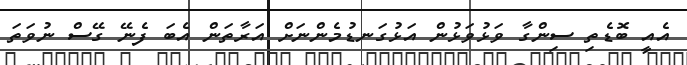
އެއީ ބޮޑެތި ސިންގާ ވަޅުވަޅުން އަޅުގަނޑުމެންނަށް އަރާތަން އެބަ ފެނޭ ގޭސް ނުވަތަ